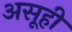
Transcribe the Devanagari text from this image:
असूही